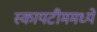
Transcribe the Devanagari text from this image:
स्कायटीममध्ये